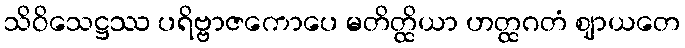
သိဝိသေဋ္ဌဿ ပရိဗ္ဗာဇကောပေ မတိတ္ထိယာ ဟတ္ထဂတံ ဈာယတေ